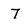
Character: 7